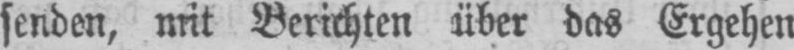
senden, mit Berichten über das Ergehen